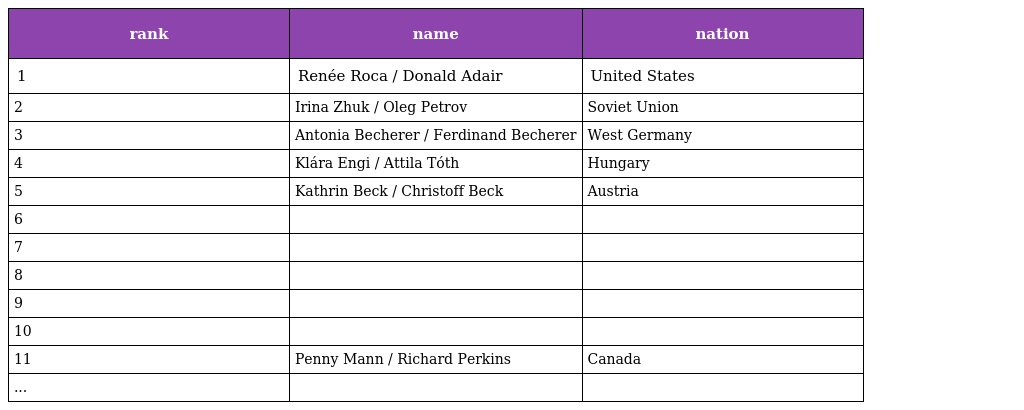
| rank | name | nation |
 | --- | --- | --- |
 | 1 | Renée Roca / Donald Adair | United States |
 | 2 | Irina Zhuk / Oleg Petrov | Soviet Union |
 | 3 | Antonia Becherer / Ferdinand Becherer | West Germany |
 | 4 | Klára Engi / Attila Tóth | Hungary |
 | 5 | Kathrin Beck / Christoff Beck | Austria |
 | 6 |  |  |
 | 7 |  |  |
 | 8 |  |  |
 | 9 |  |  |
 | 10 |  |  |
 | 11 | Penny Mann / Richard Perkins | Canada |
 | ... |  |  |